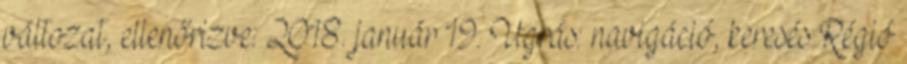
változat, ellenőrizve: 2018. január 19. Ugrás: navigáció, keresés Régió